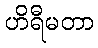
ဟိရီမတာ